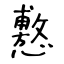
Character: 懯